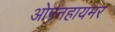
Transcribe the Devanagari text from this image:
ओपनहायमर